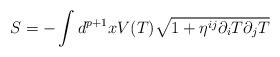
LaTeX: \begin{align*}S = -\int d^{p+1}x V(T)\sqrt{1+\eta^{ij}\partial_i T\partial_j T}\end{align*}